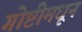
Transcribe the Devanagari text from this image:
गोष्टीमधून